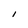
Character: I